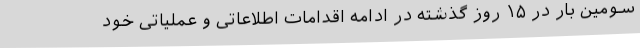
سومین بار در ۱۵ روز گذشته در ادامه اقدامات اطلاعاتی و عملیاتی خود